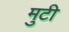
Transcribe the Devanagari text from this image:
मुटी